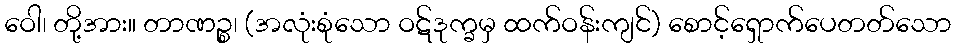
ဝေါ၊ တို့အား။ တာဏဉ္စ၊ (အလုံးစုံသော ဝဋ်ဒုက္ခမှ ထက်ဝန်းကျင်) စောင့်ရှောက်ပေတတ်သော